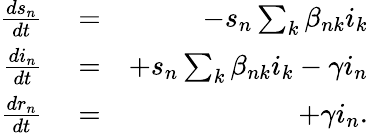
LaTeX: \begin{array}{rlr}{\frac{ds_{n}}{dt}}&{{}=}&{-s_{n}\sum_{k}\beta_{nk}i_{k}}\\ {\frac{di_{n}}{dt}}&{{}=}&{+s_{n}\sum_{k}\beta_{nk}i_{k}-\gamma i_{n}}\\ {\frac{dr_{n}}{dt}}&{{}=}&{+\gamma i_{n}.}\end{array}